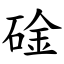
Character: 碒